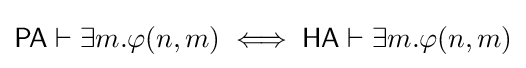
{\mathsf {PA}}\vdash \exists m.\varphi (n,m)\iff {\mathsf {HA}}\vdash \exists m.\varphi (n,m)